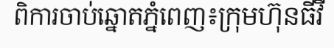
ពិការចាប់ឆ្នោតភ្នំពេញ៖ក្រុមហ៊ុនធីវី